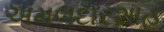
અમલદારશાહ